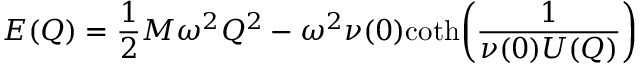
E ( Q ) = \frac { 1 } { 2 } M \omega ^ { 2 } Q ^ { 2 } - \omega ^ { 2 } \nu ( 0 ) \mathrm { c o t h } \bigg ( \frac { 1 } { \nu ( 0 ) U ( Q ) } \bigg )